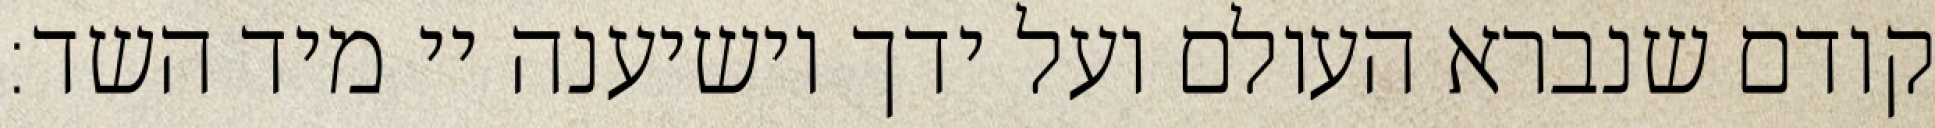
קודם שנברא העולם ועל ידך יושיענה יי מיד השד: